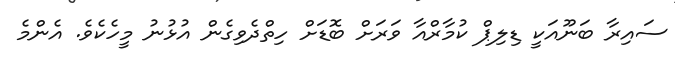
ސައިރާ ބަނޫއަކީ ޑިލިޕް ކުމާރްއާ ވަރަށް ބޮޑަށް ހިތްދެވިގެން އުޅުނު މީހެކެވެ. އެންމެ